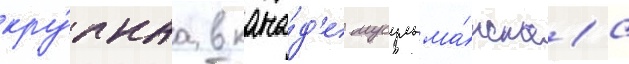
кру́пнаа в кана́д'е мусульма́нскаа